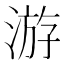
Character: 游